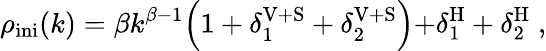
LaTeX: \rho_{\mathrm{ini}}(k)=\beta k^{\beta-1}\Bigl(1+\delta_{1}^{\mathrm{V+S}}+\delta_{2}^{\mathrm{V+S}}\Bigl)+\delta_{1}^{\mathrm{H}}+\delta_{2}^{\mathrm{H}}\; ,